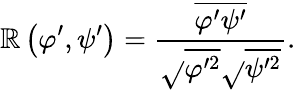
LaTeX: \mathbb{R}\left({\varphi}^{\prime},{\psi}^{\prime}\right)=\frac{{\overline{{{{\varphi}^{\prime}{\psi}^{\prime}}}}}}{{\sqrt{}{{\overline{{{{\varphi}^{\prime2}}}}}}\sqrt{}{{\overline{{{{\psi}^{\prime2}}}}}}}}.